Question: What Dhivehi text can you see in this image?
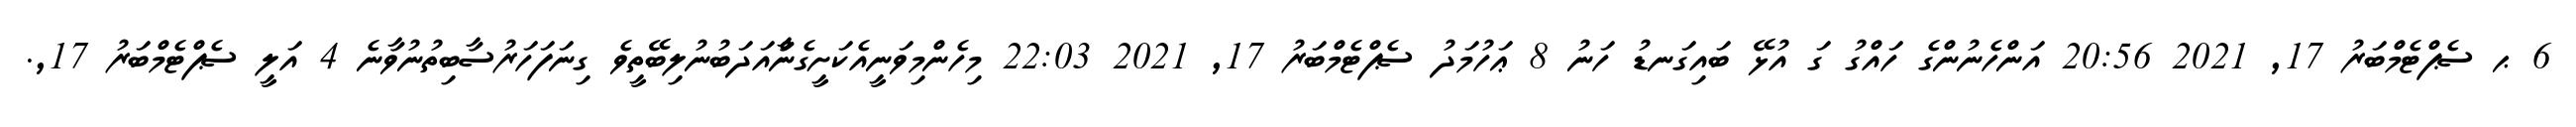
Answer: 6 ޙ ސެޕްޓެމްބަރު 17, 2021 20:56 އަންހެނުންގެ ހައްގު ގަ އުޅޭ ބައިގަނޑު ހަނު 8 ޢަހުމަދު ސެޕްޓެމްބަރު 17, 2021 22:03 މިހެންމިވަނީއެކަށީގެންާއަދަބުނުލިބޭތީވެ ގިނަފަހަރުސާބިތުނުވާނެ 4 އަލީ ސެޕްޓެމްބަރު 17,.